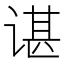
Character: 谌